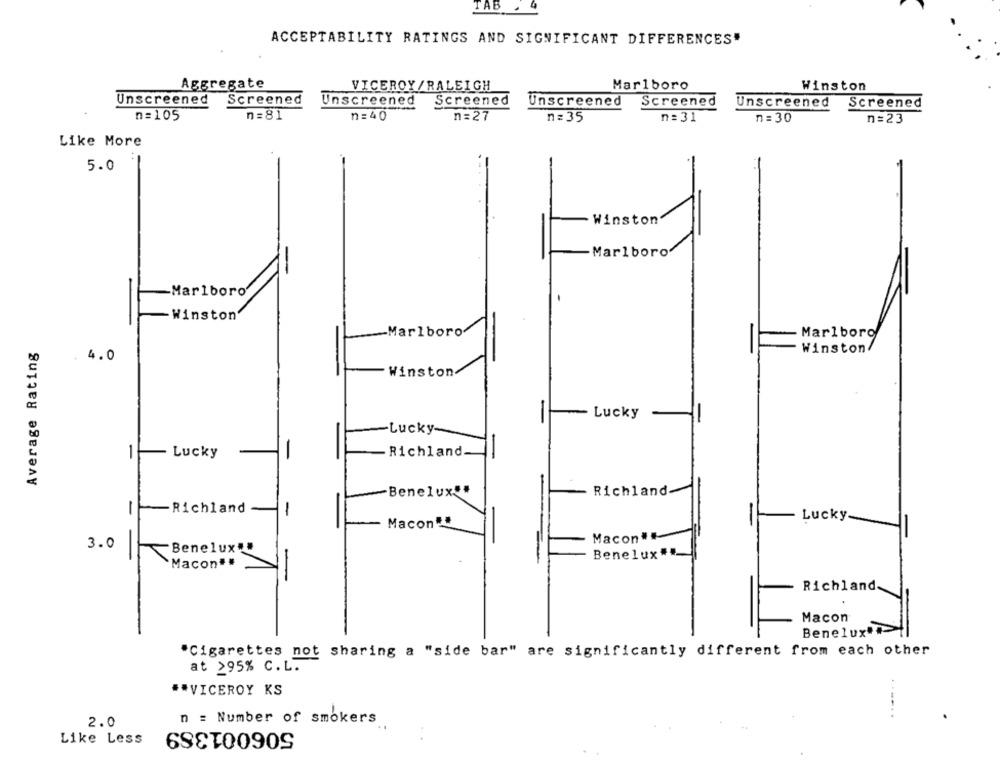
TAB . 4
ACCEPTABILITY RATINGS AND SIGNIFICANT DIFFERENCES"
Aggregate
VICEROY/RALEIGH
Marlboro
Winston
Screened
Unscreened
Unscreened
Screened
Unscreened Screened
Unscreened
Screened
n =81
n=105
n = 40
n=27
n= 35
n= 31
n = 30
n=23
Like More
5.0
ston
Marlboro
Marlboro'
- Winston
Marlboro
Marlboro
Average Rating
Winston/
. 4.0
Winston
-
Lucky
-
-Lucky-
-
Lucky
Richland
-
Benelux""
Richland
-
Richland
1
-
Lucky
Macon"
Macon#
3.0
~Benelux""
Benelux
Macon##
Richland
Macon
Benelux##
"Cigarettes not sharing a "side bar" are significantly different from each other
at >95% C. L.
** VICEROY KS
2.0
n = Number of smokers
506001389
Like Less